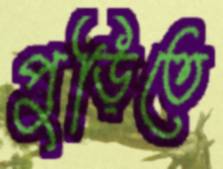
পুড়িতে